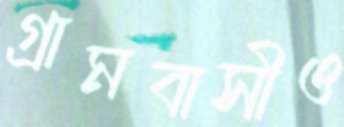
গ্রামবাসীও